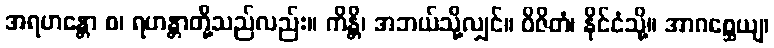
အရဟန္တော စ၊ ရဟန္တာတို့သည်လည်း။ ကိန္တိ၊ အဘယ်သို့လျှင်။ ဝိဇိတံ၊ နိုင်ငံသို့။ အာဂစ္ဆေယျ၊